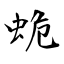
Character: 蛫